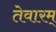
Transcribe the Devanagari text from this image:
तेवारम्‌